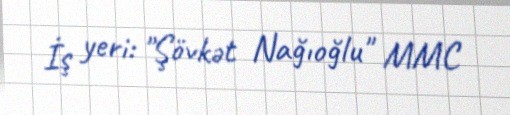
İş yeri: "Şövkət Nağıoğlu" MMC